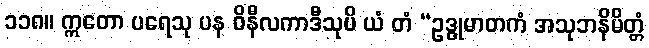
၁၁၈။ ဣတော ပရေသု ပန ဝိနီလကာဒီသုပိ ယံ တံ “ဥဒ္ဓုမာတကံ အသုဘနိမိတ္တံ